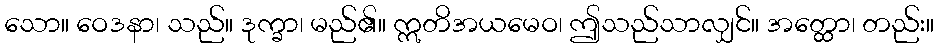
သော။ ဝေဒနာ၊ သည်။ ဒုက္ခာ၊ မည်၏။ ဣတိအယမေဝ၊ ဤသည်သာလျှင်။ အတ္ထော၊ တည်း။